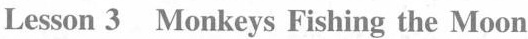
Lesson 3 Monkeys Fishing the Moon